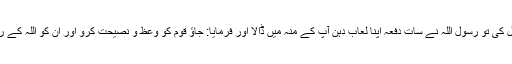
آپ نے حکم کی تعمیل کی تو رسول اللہؐ نے سات دفعہ اپنا لعاب دہن آپ کے منہ میں ڈالا اور فرمایا: جاؤ قوم کو وعظ و نصیحت کرو اور ان کو اللہ کے راستے کی طرف بلاؤ۔